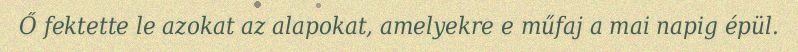
Ő fektette le azokat az alapokat, amelyekre e műfaj a mai napig épül.